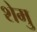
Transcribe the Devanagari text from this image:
शेमु